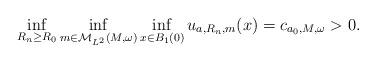
LaTeX: \begin{align*}\inf_{R_{n} \geq R_{0}} \inf_{m \in \mathcal{M}_{L^{2}}(M,\omega)} \inf_{x \in B_{1}(0)} u_{a,R_{n},m}(x) = c_{a_{0},M,\omega} > 0. \end{align*}